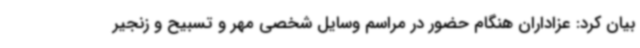
بیان کرد: عزاداران هنگام حضور در مراسم وسایل شخصی مهر و تسبیح و زنجیر